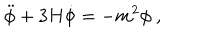
\ddot { \phi } + 3 H \dot { \phi } = - m ^ { 2 } \phi \ ,